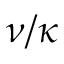
\nu / \kappa